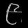
Digit: ၉